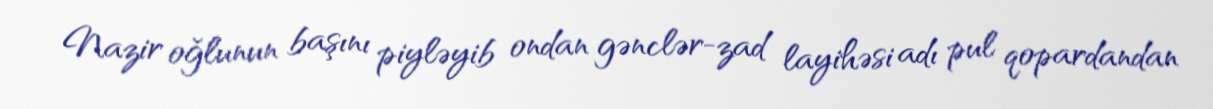
Nazir oğlunun başını piyləyib ondan gənclər-zad layihəsi adı pul qopardandan